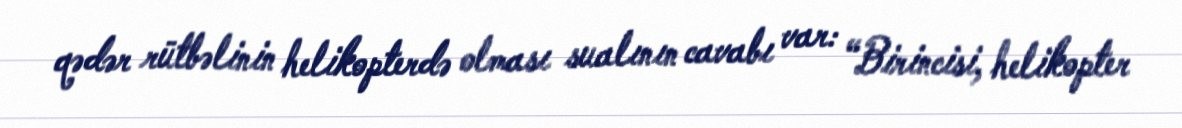
qədər rütbəlinin helikopterdə olması sualının cavabı var: “Birincisi, helikopter